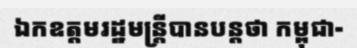
ឯកឧត្តមរដ្ឋមន្ត្រីបានបន្តថា កម្ពុជា-